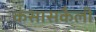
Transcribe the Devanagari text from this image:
कंसासकैली